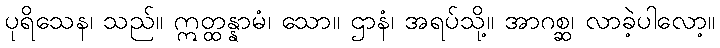
ပုရိသေန၊ သည်။ ဣတ္ထန္နာမံ၊ သော။ ဌာနံ၊ အရပ်သို့။ အာဂစ္ဆ၊ လာခဲ့ပါလော့။